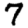
Digit: 7